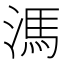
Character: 溤